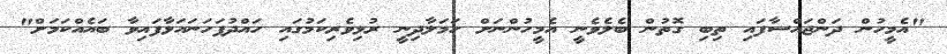
"އެމީހުން ދަންޖައްސާފައި ތިބި ގޮތުން ބެލެވެނީ އެމީހުންނަށް ހަމަލާދިނީ ރުޅިވެރިކަމުގައި ހައްދުފަހަނައަޅާފައިވާ ބައެއްކަމަށް"